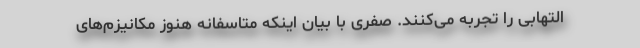
التهابی را تجربه می‌کنند. صفری با بیان اینکه متاسفانه هنوز مکانیزم‌های